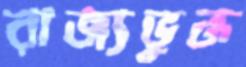
রাজ্যভুক্ত